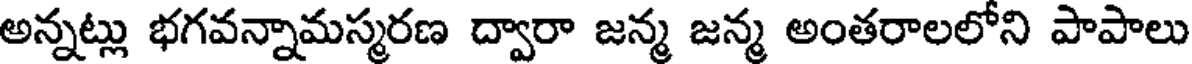
అన్నట్లు భగవన్నామస్మరణ ద్వారా జన్మ జన్మ అంతరాలలోని పాపాలు